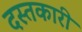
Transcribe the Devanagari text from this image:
दस्‍तकारी